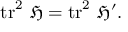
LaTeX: \operatorname { t r } ^ { 2 } \, { \mathfrak { H } } = \operatorname { t r } ^ { 2 } \, { \mathfrak { H } } ^ { \prime } .